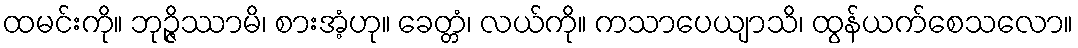
ထမင်းကို။ ဘုဉ္ဇိဿာမိ၊ စားအံ့ဟု။ ခေတ္တံ၊ လယ်ကို။ ကသာပေယျာသိ၊ ထွန်ယက်စေသလော။